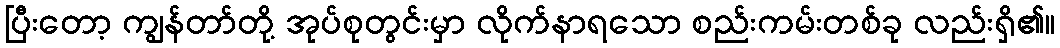
ပြီးတော့ ကျွန်တာ်တို့ အုပ်စုတွင်းမှာ လိုက်နာရသော စည်းကမ်းတစ်ခု လည်းရှိ၏။